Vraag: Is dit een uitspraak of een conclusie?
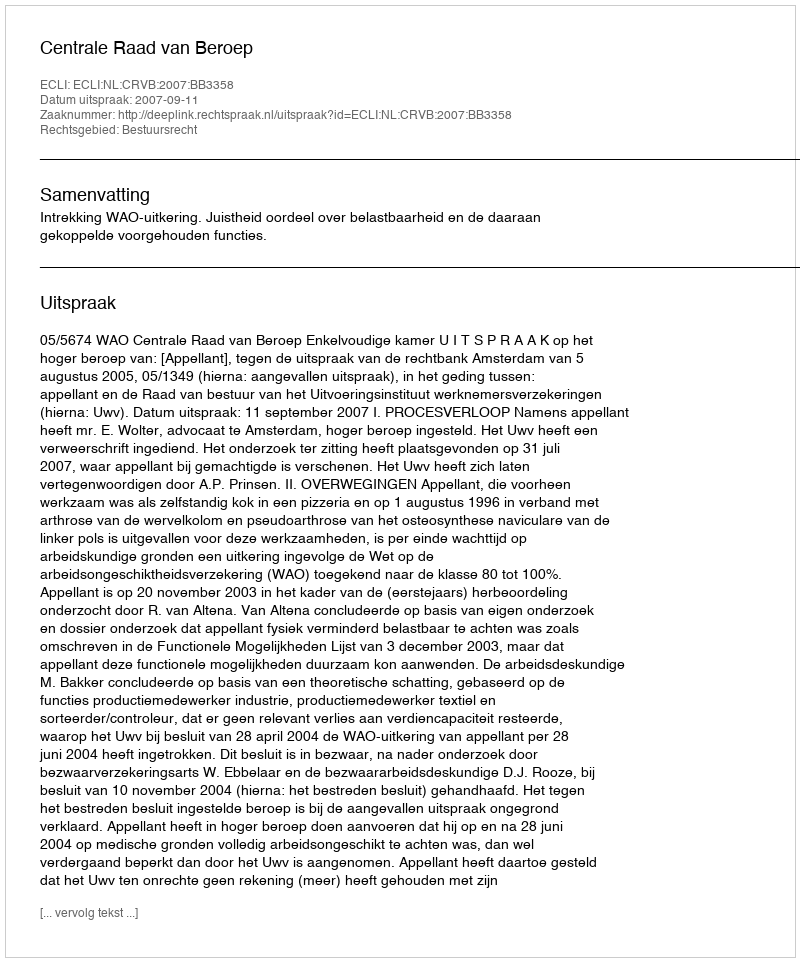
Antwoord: Uitspraak